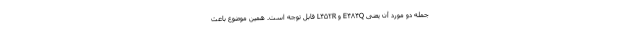
جمله دو مورد آن یعنی E۴۸۴Q و L۴۵۲R قابل توجه است. همین موضوع باعث